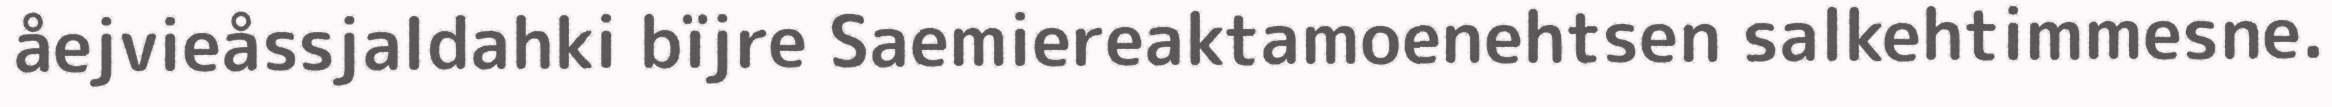
åejvieåssjaldahki bïjre Saemiereaktamoenehtsen salkehtimmesne.